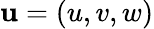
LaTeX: {\mathbf{u}}=(u,v,w)